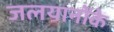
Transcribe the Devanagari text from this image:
जलयानोंके